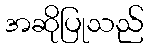
အဆိုပြုသည်